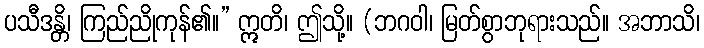
ပသီဒန္တိ၊ ကြည်ညိုကုန်၏။” ဣတိ၊ ဤသို့။ (ဘဂဝါ၊ မြတ်စွာဘုရားသည်။ အဘာသိ၊